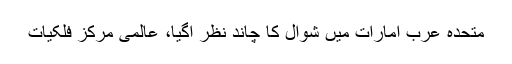
متحدہ عرب امارات میں شوال کا چاند نظر آگیا، ‌عالمی مرکز فلکیات